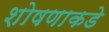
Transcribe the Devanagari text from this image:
शोषणाकडे